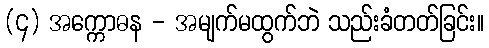
(၄) အက္ကောဓန - အမျက်မထွက်ဘဲ သည်းခံတတ်ခြင်း။